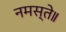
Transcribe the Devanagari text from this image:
नमस्ते॥